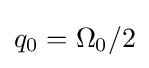
q_{0}=\Omega _{0}/2